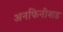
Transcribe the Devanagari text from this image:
अनफिनीशड